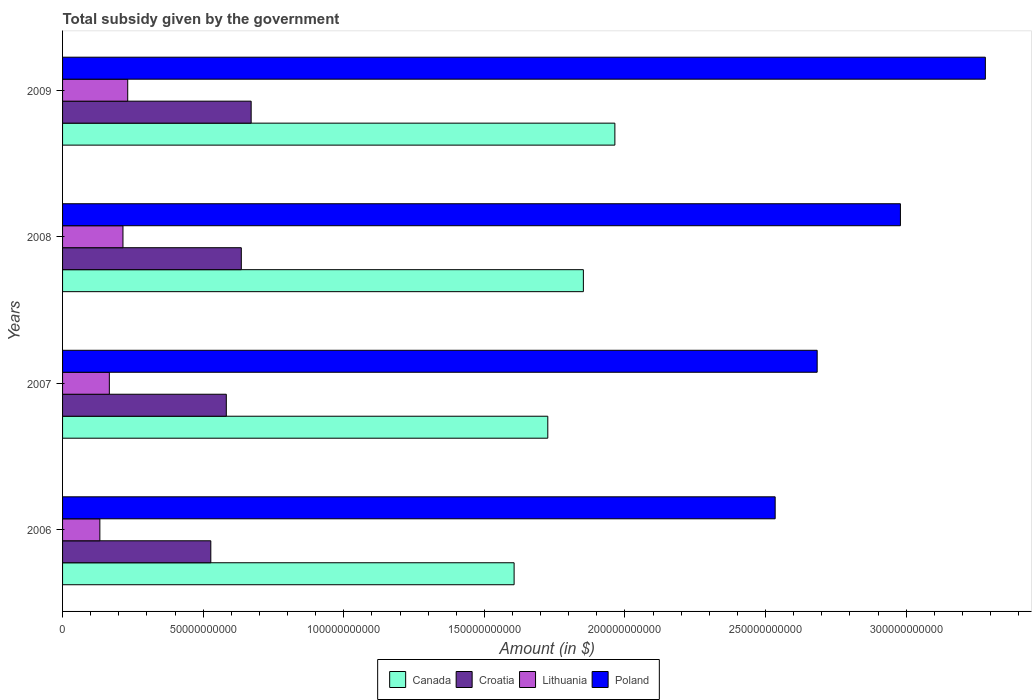
| Years | Canada | Croatia | Lithuania | Poland |
 | --- | --- | --- | --- | --- |
 | 2006 | 1.61e+11 | 5.27e+10 | 1.33e+10 | 2.53e+11 |
 | 2007 | 1.73e+11 | 5.82e+10 | 1.66e+10 | 2.68e+11 |
 | 2008 | 1.85e+11 | 6.36e+10 | 2.15e+10 | 2.98e+11 |
 | 2009 | 1.96e+11 | 6.71e+10 | 2.32e+10 | 3.28e+11 |